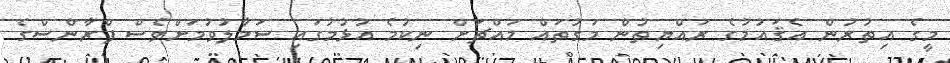
މީގެ އިތުރުން އެޤައުމުގެ ރައްޔިތުން މަގުތައް މައްޗަށް ނިކުމެ އުޅުމުގައި ސަމާލުވުމަށްވެސް ފްރާންސްގެ